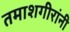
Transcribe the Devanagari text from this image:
तमाशगीरांनी